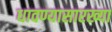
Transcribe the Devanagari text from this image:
धावण्यासारख्या